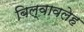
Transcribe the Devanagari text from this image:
बिल्वावलेह